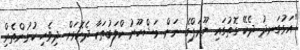
"އަޅުގަނދު ދެކޭ ގޮތުގައި ޔޫރަޕްގެ ނަން މަޝްހޫރު ކްލަބުތަކާ ދެކޮޅަށް ދިވެހި ކުޅުންތެރިް